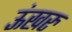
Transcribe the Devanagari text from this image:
ऊंखरु